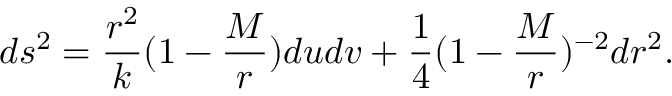
d s ^ { 2 } = { \frac { r ^ { 2 } } { k } } ( 1 - { \frac { M } { r } } ) d u d v + { \frac { 1 } { 4 } } ( 1 - { \frac { M } { r } } ) ^ { - 2 } d r ^ { 2 } .